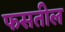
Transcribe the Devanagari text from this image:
फसतील